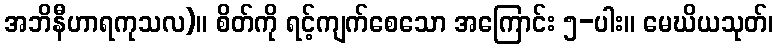
အဘိနီဟာရကုသလ)။ စိတ်ကို ရင့်ကျက်စေသော အကြောင်း ၅-ပါး။ မေဃိယသုတ်၊